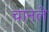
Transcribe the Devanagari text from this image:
चानले